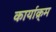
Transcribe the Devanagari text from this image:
कार्याक्र्म